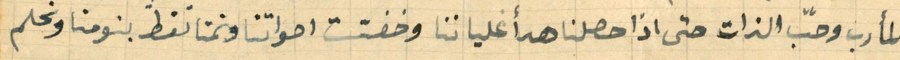
المأرب وحبّ الذات حتى اذا حصلنا هدأ غلياننا وخفتت اصواتنا ونمنا نغطَ بنومنا ونحلم